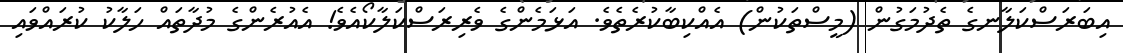
އިބަރަސްކަލާނގެ ތެދުމަގުން (މީސްތަކުން) އެއްކިބާކުރެތެވެ. އަޅަމެންގެ ވެރިރަސްކަލާކޯއެވެ! އެއުރެންގެ މުދާތައް ހަލާކު ކުރައްވައި